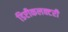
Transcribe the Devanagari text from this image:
डिप्टीकलक्टरी